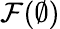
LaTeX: {\mathcal{F}}(\emptyset)